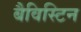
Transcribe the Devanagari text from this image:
बैविस्टिन